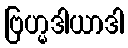
ဗြဟ္မဒါယာဒါ